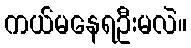
ကယ်မနေရဦးမလဲ။